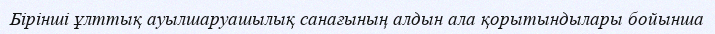
Бірінші ұлттық ауылшаруашылық санағының алдын ала қорытындылары бойынша